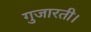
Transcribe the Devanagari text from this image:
गुजारती।